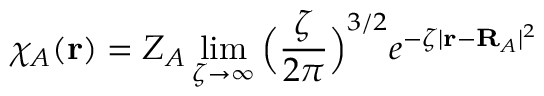
\chi _ { A } ( \mathbf { r } ) = Z _ { A } \operatorname* { l i m } _ { \zeta \rightarrow \infty } \Big ( \frac { \zeta } { 2 \pi } \Big ) ^ { 3 / 2 } e ^ { - \zeta | \mathbf { r } - \mathbf { R } _ { A } | ^ { 2 } }